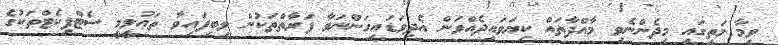
ވީމާ މަތީގައި މިދެންނެވި މާއްދާތައް ކިޔަވައިދެއްވަން އެދިވަޑައިގަންނަވާ ފަރާތްތަކުން ލިބިފައިވާ ތަޢުލީމީ ސެޓްފިކެޓްތަކުގެ